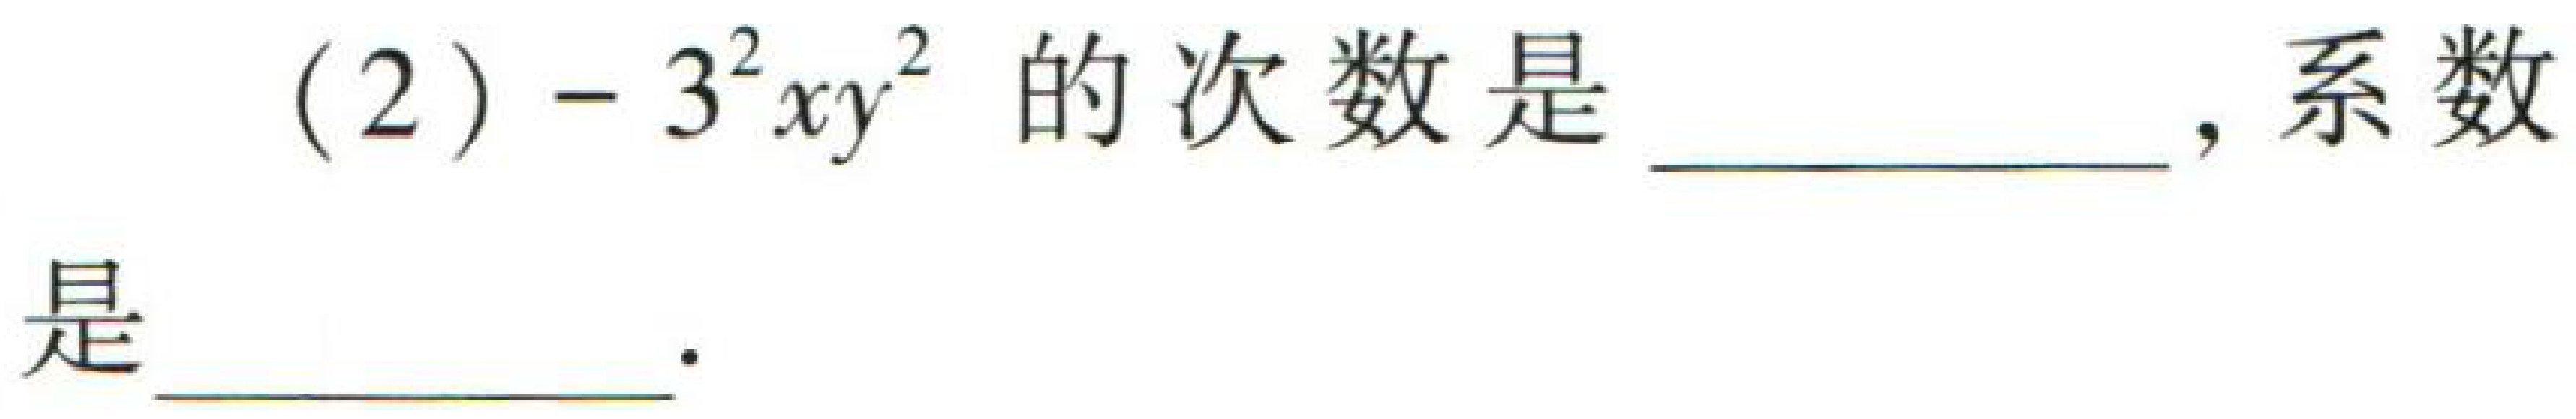
(2) \(-3^{2}xy^{2}\)的次数是  ，系数是  ．